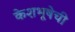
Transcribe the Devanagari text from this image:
केशभूषेची